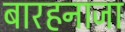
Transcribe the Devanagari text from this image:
बारहनाजा